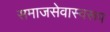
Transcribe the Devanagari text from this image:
समाजसेवास्वरूप